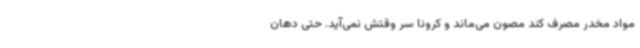
مواد مخدر مصرف کند مصون می‌ماند و کرونا سر وقتش نمی‌آید. حتی دهان